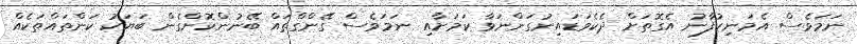
ނަމަވެސް އެމަނިކުފާނު އެގޮތަށް ދެކެވަޑައިނުގަންނަވާ ކަމަށާއި ނަމަވެސް ގޭންގްތައް ބޭނުންކޮށްގެން ބަޔަކު ކަންތައްތަކެއް